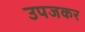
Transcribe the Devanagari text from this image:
उपजकर